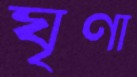
ঘৃণা